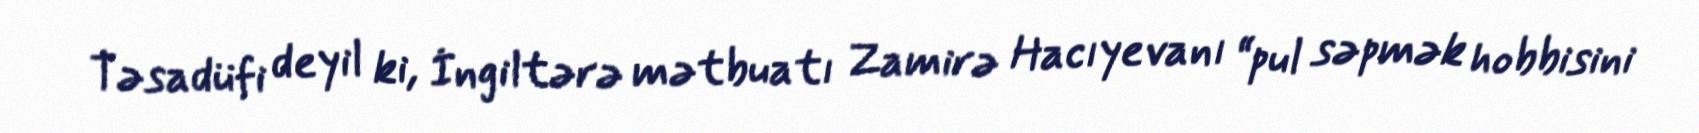
Təsadüfi deyil ki, İngiltərə mətbuatı Zamirə Hacıyevanı “pul səpmək hobbisini